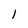
Character: 1